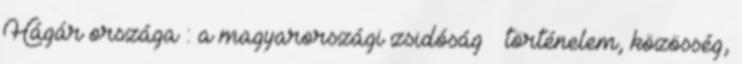
Hágár országa : a magyarországi zsidóság – történelem, közösség,